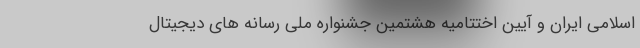
اسلامی ایران و آیین اختتامیه هشتمین جشنواره ملی رسانه های دیجیتال